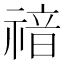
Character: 𥚱